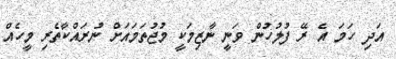
އަދި ހަމަ އެ ރޭ ފުލުހުން ވަނީ ނާޒިމަކީ މުޖުތަމައަށް ނުރައްކާތެރި މީހެއް